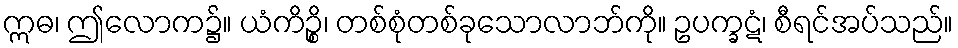
ဣဓ၊ ဤလောက၌။ ယံကိဉ္စိ၊ တစ်စုံတစ်ခုသောလာဘ်ကို။ ဥပက္ခဋံ၊ စီရင်အပ်သည်။